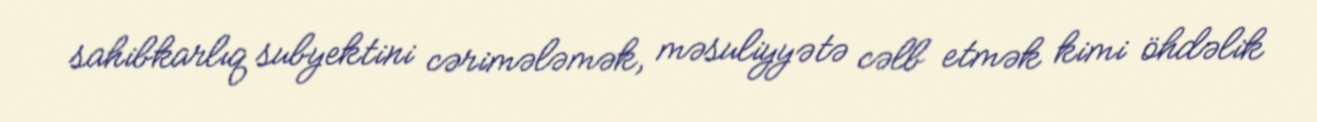
sahibkarlıq subyektini cərimələmək, məsuliyyətə cəlb etmək kimi öhdəlik